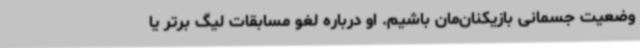
وضعیت جسمانی بازیکنان‌مان باشیم. او درباره لغو مسابقات لیگ برتر یا